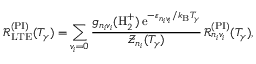
\mathcal { R } _ { \mathrm { L T E } } ^ { ( \mathrm { P I } ) } ( T _ { \gamma } ) = \sum _ { v _ { i } = 0 } \frac { g _ { n _ { i } v _ { i } } ( \mathrm { H } _ { 2 } ^ { + } ) \, \mathrm { e } ^ { - \varepsilon _ { n _ { i } v _ { i } } / k _ { \mathrm { B } } T _ { \gamma } } } { \mathcal { Z } _ { n _ { i } } ( T _ { \gamma } ) } \, \mathcal { R } _ { n _ { i } v _ { i } } ^ { ( \mathrm { P I } ) } ( T _ { \gamma } ) ,